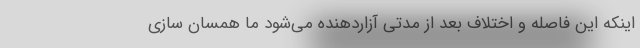
اینکه این فاصله و اختلاف بعد از مدتی آزاردهنده می‌شود ما همسان سازی